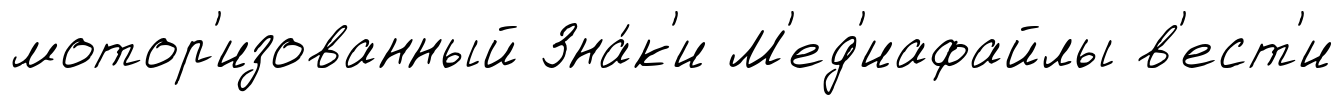
мотор'изованный Зна́к'и М'ед'иафайлы в'ест'и